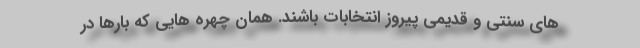
های سنتی و قدیمی پیروز انتخابات باشند. همان چهره هایی که بارها در